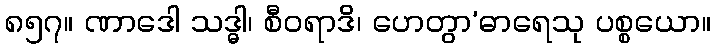
၈၅၇။ ဏာဒေါ သဒ္ဓါ၊ စီဝရာဒိ၊ ဟေတွာ’ဓာရေသု ပစ္စယော။